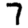
Digit: 7